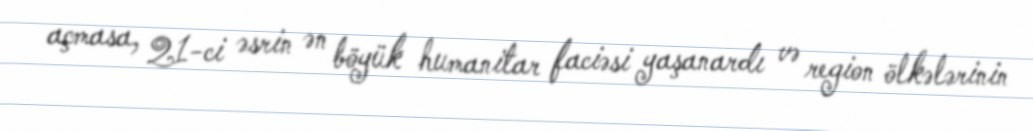
açmasa, 21-ci əsrin ən böyük humanitar faciəsi yaşanardı və region ölkələrinin